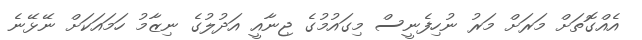
އެއްގޮތަށް މަރަށް މަރު ނުހިފެނީސް މިގައުމުގެ ޖިނާއީ އަދުލުގެ ނިޒާމު ހަމައަކަށް ނޭޅޭނެ